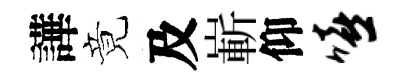
譁竟及嶄仰嘻